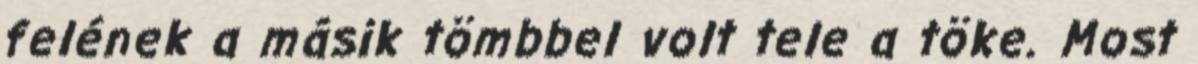
felének a másik tömbbel volt tele a töke. Most